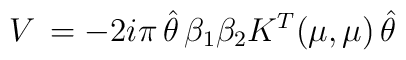
V\,=-2i\pi\,\hat\theta\,\beta_1\beta_2K^T(\mu,\mu)\,\hat\theta